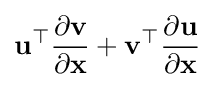
\mathbf {u} ^{\top }{\frac {\partial \mathbf {v} }{\partial \mathbf {x} }}+\mathbf {v} ^{\top }{\frac {\partial \mathbf {u} }{\partial \mathbf {x} }}